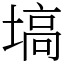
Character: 塙